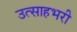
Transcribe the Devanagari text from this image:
उत्साहभरी